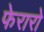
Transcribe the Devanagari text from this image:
फेरारो